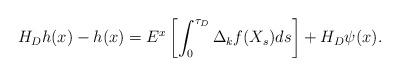
LaTeX: \begin{align*}H_Dh(x)-h(x) = E^x\left[\int_0^{\tau_D}\Delta_kf(X_s)ds\right]+H_D\psi(x).\end{align*}